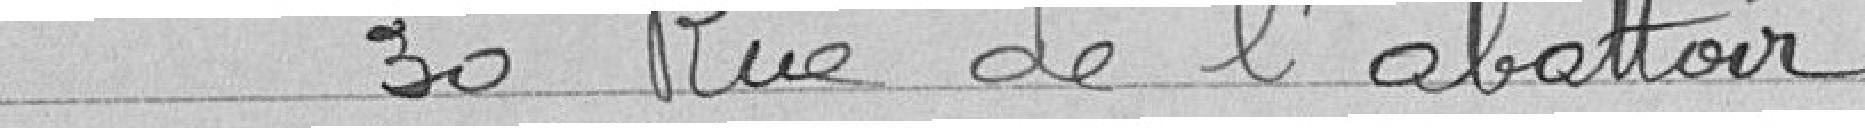
30 Rue de l'abattoir